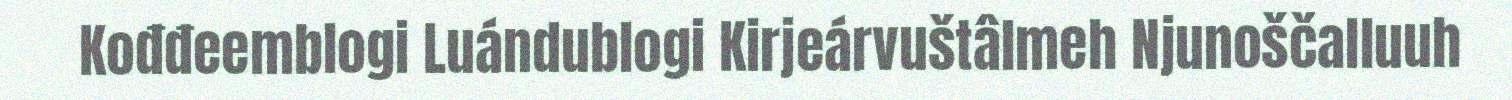
Kođđeemblogi Luándublogi Kirjeárvuštâlmeh Njunoščalluuh